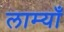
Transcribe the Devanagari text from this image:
लाम्याँ